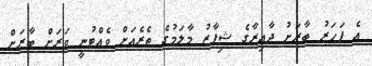
އެ ފަހަރު ބާރަށު ދާއިރާގެ ޝިފާޒު މާލަމުގެ ތެރެއަށް ވެއްޓުނީ ވަރަށް ބާރަށް